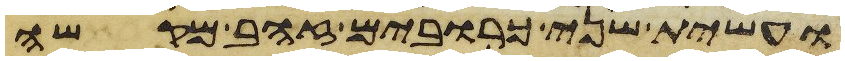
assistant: ועשית שני כרובים זהב מקשה